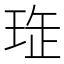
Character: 𤥖